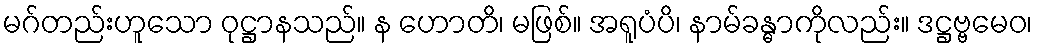
မဂ်တည်းဟူသော ဝုဋ္ဌာနသည်။ န ဟောတိ၊ မဖြစ်။ အရူပံပိ၊ နာမ်ခန္ဓာကိုလည်း။ ဒဋ္ဌဗ္ဗမေဝ၊